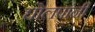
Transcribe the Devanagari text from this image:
घोलपांनी